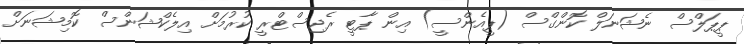
ޕީޕަލްސް ނެޝަނަލް ކޮންގްސް (ޕީއެންސީ) އިން ޕާޓީ ރެޖިސްޓްރީ ކުރުމަށް އިލެކްޝަންސް ކޮމިޝަނަށް